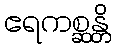
ဧရကစ္ဆန္တိ